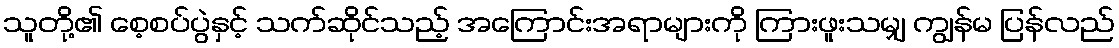
သူတို့၏ စေ့စပ်ပွဲနှင့် သက်ဆိုင်သည့် အကြောင်းအရာများကို ကြားဖူးသမျှ ကျွန်မ ပြန်လည်